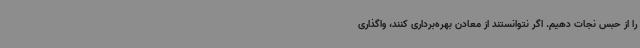
را از حبس نجات دهیم. اگر نتوانستند از معادن بهره‌برداری کنند، واگذاری